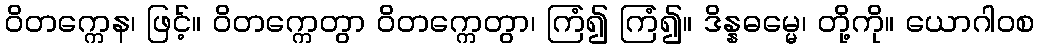
ဝိတက္ကေန၊ ဖြင့်။ ဝိတက္ကေတွာ ဝိတက္ကေတွာ၊ ကြံ၍ ကြံ၍။ ဒိန္နဓမ္မေ၊ တို့ကို။ ယောဂါဝစ